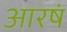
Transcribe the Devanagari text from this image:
आरषं